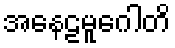
အနေဠမူဂေါတိ